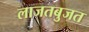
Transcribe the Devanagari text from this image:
लाजतबुजत